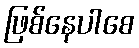
ဖြစ်နေပါစေ